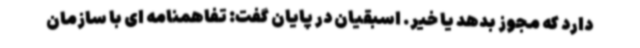
دارد که مجوز بدهد یا خیر. اسبقیان در پایان گفت: تفاهمنامه ای با سازمان